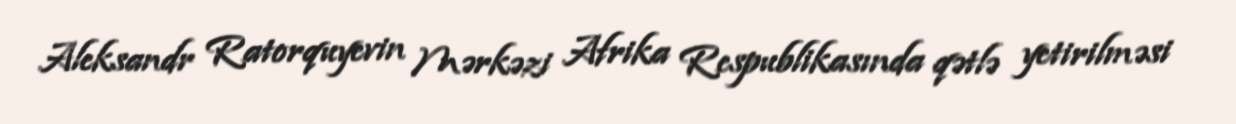
Aleksandr Ratorquyevin Mərkəzi Afrika Respublikasında qətlə yetirilməsi